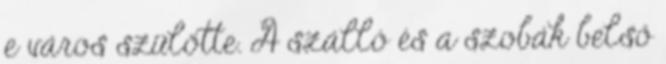
e város szülötte. A szálló és a szobák belső